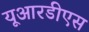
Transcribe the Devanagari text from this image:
यूआरडीएस